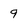
Character: 9